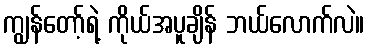
ကျွန်တော့်ရဲ့ ကိုယ်အပူချိန် ဘယ်လောက်လဲ။